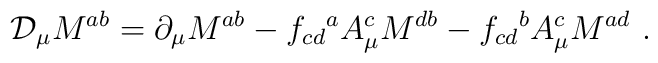
{\cal D}_\mu M^{ab} = \partial_\mu M^{ab} - f_{cd}{}^a A^c_{\mu }M^{db} - f_{cd}{}^b A^c_{\mu} M^{ad}\ .